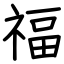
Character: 福